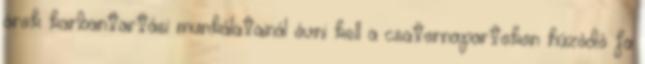
árok karbantartási munkálatainál óvni kell a csatornapartokon húzódó fa